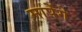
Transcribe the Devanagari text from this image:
मापेंगे